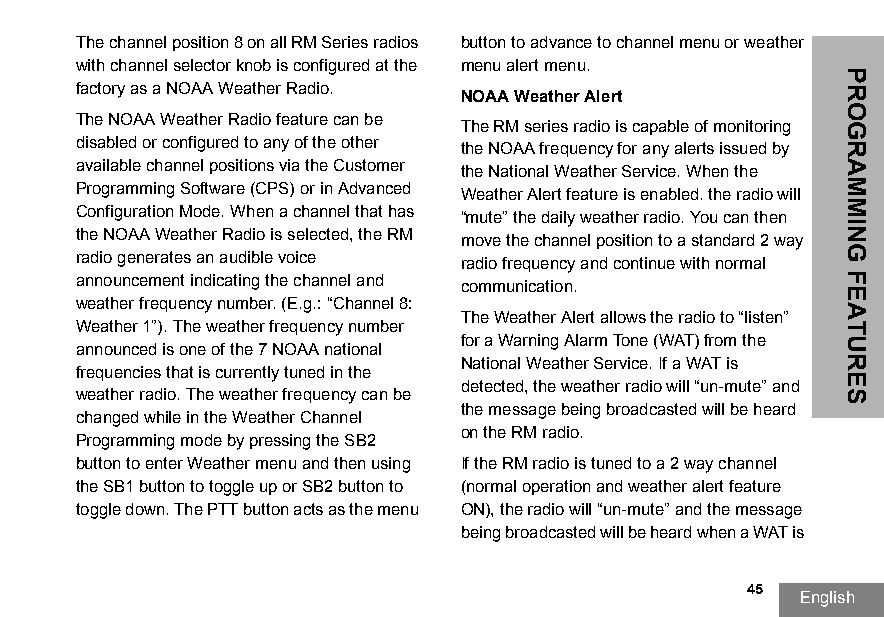
The channel position 8 on all RM Series radios button to advance to channel menu or weather
 with channel selector knob is configured at the menu alert menu.
 factory as a NOAA Weather Radio.
 NOAA Weather Alert
 The NOAA Weather Radio feature can be The RM series radio is capable of monitoring
 disabled or configured to any of the other the NOAA frequency for any alerts issued by
 available channel positions via the Customer the National Weather Service. When the
 Programming Software (CPS) or in Advanced Weather Alert feature is enabled. the radio will
 Configuration Mode. When a channel that has “mute” the daily weather radio. You can then
 the NOAA Weather Radio is selected, the RM move the channel position to a standard 2 way
 radio generates an audible voice radio frequency and continue with normal
 announcement indicating the channel and communication.
 weather frequency number. (E.g.: “Channel 8:
 The Weather Alert allows the radio to “listen”
 Weather 1”). The weather frequency number
 for a Warning Alarm Tone (WAT) from the
 announced is one of the 7 NOAA national
 National Weather Service. If a WAT is
 frequencies that is currently tuned in the
 detected, the weather radio will “un-mute” and
 weather radio. The weather frequency can be
 the message being broadcasted will be heard
 changed while in the Weather Channel
 on the RM radio.
 Programming mode by pressing the SB2
 button to enter Weather menu and then using If the RM radio is tuned to a 2 way channel
 the SB1 button to toggle up or SB2 button to (normal operation and weather alert feature
 toggle down. The PTT button acts as the menu ON), the radio will “un-mute” and the message
 being broadcasted will be heard when a WAT is
 45
 English
 PROGRAMMING
 FEATURES